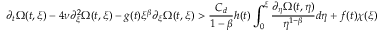
\partial _ { t } \Omega ( t , \xi ) - 4 \nu \partial _ { \xi } ^ { 2 } \Omega ( t , \xi ) - g ( t ) \xi ^ { \beta } \partial _ { \xi } \Omega ( t , \xi ) > \frac { C _ { d } } { 1 - \beta } h ( t ) \int _ { 0 } ^ { \xi } \frac { \partial _ { \eta } \Omega ( t , \eta ) } { \eta ^ { 1 - \beta } } d \eta + f ( t ) \chi ( \xi )